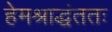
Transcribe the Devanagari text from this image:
हेमश्राद्धंततः